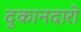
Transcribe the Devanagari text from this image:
दुकानदारो